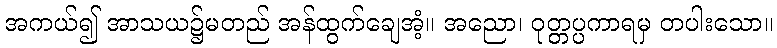
အကယ်၍ အာသယ၌မတည် အန်ထွက်ချေအံ့။ အညော၊ ဝုတ္တပ္ပကာရမှ တပါးသော။